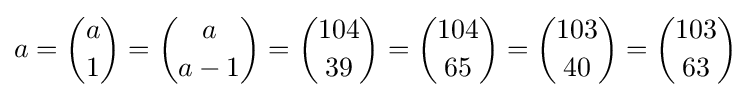
a={a \choose 1}={a \choose a-1}={104 \choose 39}={104 \choose 65}={103 \choose 40}={103 \choose 63}